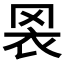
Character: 𦊬